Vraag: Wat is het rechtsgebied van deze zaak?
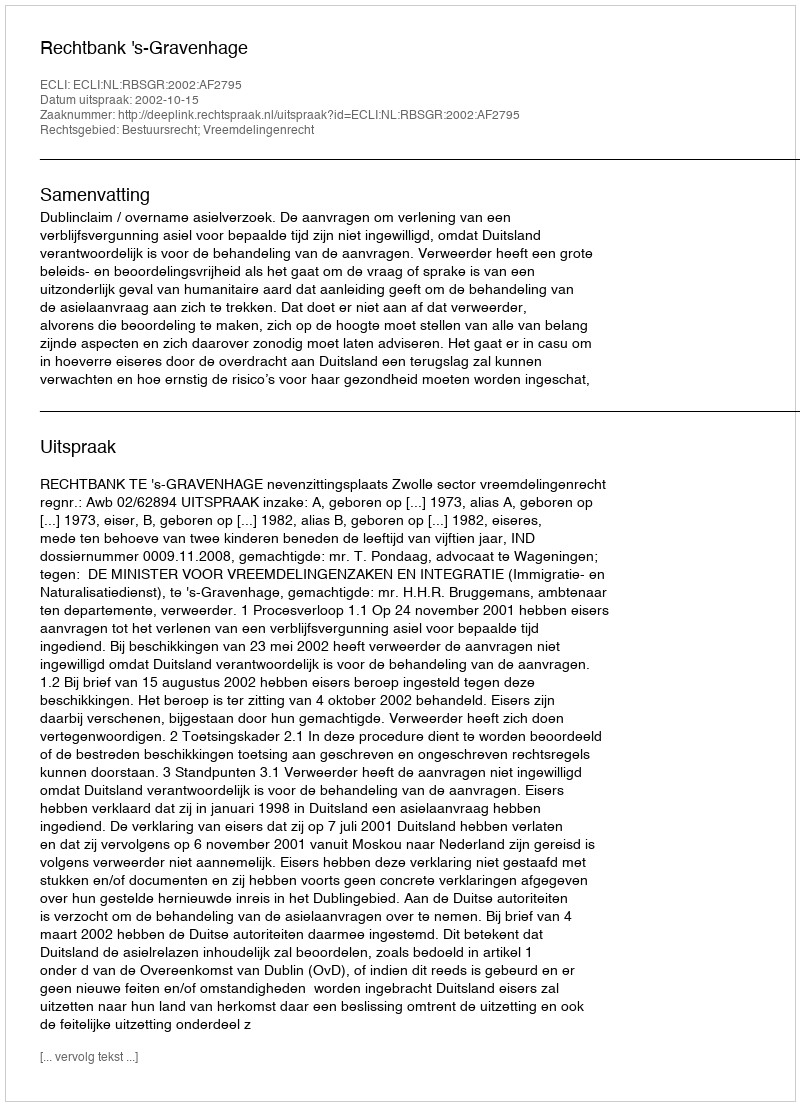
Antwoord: Bestuursrecht; Vreemdelingenrecht